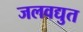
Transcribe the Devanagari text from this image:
जलवद्युत